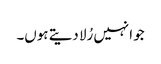
جو انہیں رُلا دیتے ہوں۔